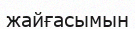
жайғасымын